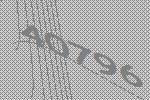
40796